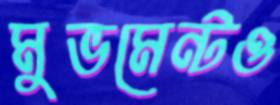
মুভমেন্টও